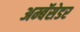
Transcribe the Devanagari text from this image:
अम्बॅसेडर